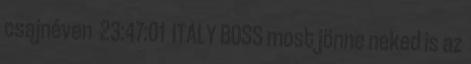
csajnéven 23:47:01 ITALY BOSS most jönne neked is az